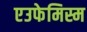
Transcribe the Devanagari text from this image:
एउफेमिस्म